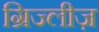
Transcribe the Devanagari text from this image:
ग्रिज्लीज़